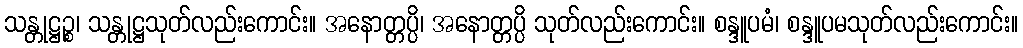
သန္တုဋ္ဌဉ္စ၊ သန္တုဋ္ဌသုတ်လည်းကောင်း။ အနောတ္တပ္ပိ၊ အနောတ္တပ္ပိ သုတ်လည်းကောင်း။ စန္ဒူပမံ၊ စန္ဒူပမသုတ်လည်းကောင်း။